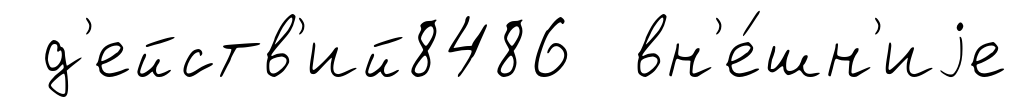
д'ейств'ий8486 вн'е́шн'иjе